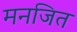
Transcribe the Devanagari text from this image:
मनजित